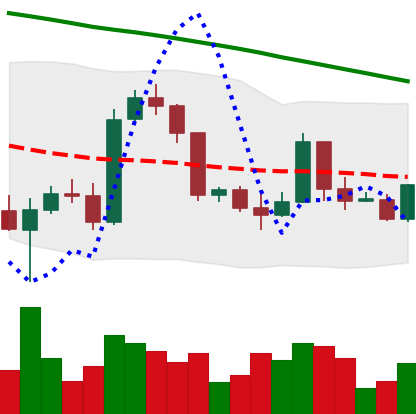
Ticker: BTC-USD
Chart end date: 2022-03-14
Forward return: 6.363%
Label: up_5_7